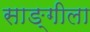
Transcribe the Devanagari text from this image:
साङ्गीला